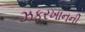
ઝફરખાનની